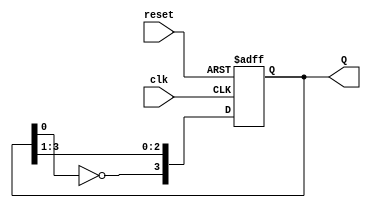
module Johnson_counter(Q,clk,reset);
output [3:0]Q;
input clk,reset;
reg [3:0]Q;
always @(posedge clk or posedge reset)
begin
if(reset)
Q<=4'b0;
else
Q<={~Q[0],Q[3:1]};
end
endmodule